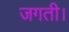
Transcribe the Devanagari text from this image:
जगती।